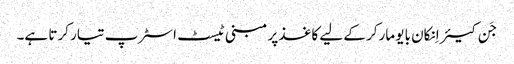
جَن کیئر اِنکان بایو مارکر کے لیے کاغذ پر مبنی ٹیسٹ اسٹرپ تیار کرتا ہے۔